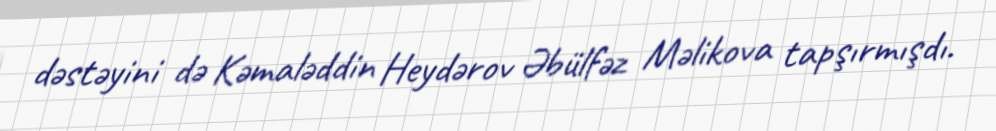
dəstəyini də Kəmaləddin Heydərov Əbülfəz Məlikova tapşırmışdı.